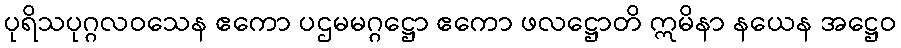
ပုရိသပုဂ္ဂလဝသေန ဧကော ပဌမမဂ္ဂဋ္ဌော ဧကော ဖလဋ္ဌောတိ ဣမိနာ နယေန အဋ္ဌေဝ